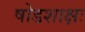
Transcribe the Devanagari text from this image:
षोडशाक्षः